Report on horse surra - Volume I
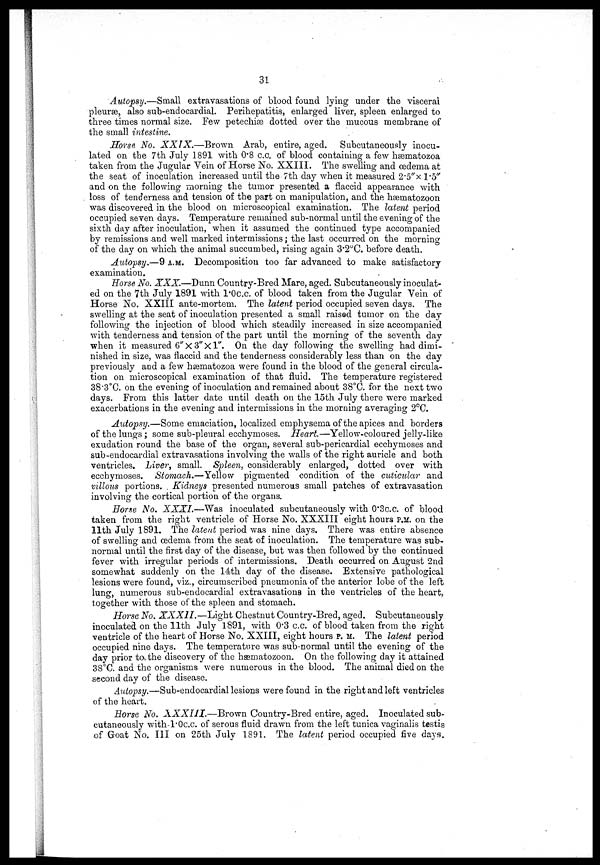
31
Autopsy.—Small
extravasations of blood found lying under the visceral
pleurae, also sub-endocardial. Perihepatitis, enlarged liver, spleen enlarged to
three times normal size. Few petechiæ dotted over the mucous membrane of
the small intestine.
Horse No. XXIX.—Brown
Arab, entire, aged. Subcutaneously inocu-
lated on the 7th July 1891 with 0.8 c.c. of blood containing a few hæmatozoa
taken from the Jugular Vein of Horse No. XXIII. The swelling and oedema at
the seat of inoculation increased until the 7th day when it measured 2.5''x 1.5''
and on the following morning the tumor presented a flaccid appearance with
loss of tenderness and tension of the part on manipulation, and the hæmatozoon
was discovered in the blood on microscopical examination. The latent period
occupied seven days. Temperature remained sub-normal until the evening of the
sixth day after inoculation, when it assumed the continued type accompanied
by remissions and well marked intermissions ; the last occurred on the morning
of the day on which the animal succumbed, rising again 3.2°C. before death.
Autopsy.—9 A.M. Decomposition too far advanced to make satisfactory
examination.
Horse No. XXX.—Dunn Country-Bred Mare, aged. Subcutaneously inoculat-
ed on the 7th July 1891 with l.0c.c. of blood taken from the Jugular Vein of
Horse No. XXIII ante-mortem. The latent period occupied seven days. The
swelling at the seat of inoculation presented a small raised tumor on the day
following the injection of blood which steadily increased in size accompanied
with tenderness and tension of the part until the morning of the seventh day
when it measured 6" X 3" X l". On the day following the swelling had dimi-
nished in size, was flaccid and the tenderness considerably less than on the day
previously and a few hæmatozoa were found in the blood of the general circula-
tion on microscopical examination of that fluid. The temperature registered
38.3°C. on the evening of inoculation and remained about 38°C. for the next two
days. From this latter date until death on the 15th July there were marked
exacerbations in the evening and intermissions in the morning averaging 2°C.
Autopsy.—Some emaciation, localized emphysema of the apices and borders
of the lungs ; some sub-pleural ecchymoses. Heart—Yellow-coloured
jelly-like
exudation round the base of the organ, several sub-pericardial ecchymoses and
sub-endocardial extravasations involving the walls of the right auricle and both
ventricles. Liver, small. Spleen, considerably enlarged, dotted over with
ecchymoses. Stomach.—Yellow
pigmented condition of the cuticular and
villous portions. . Kidneys presented numerous small patches of extravasation
involving the cortical portion of the organs.
Horse No. XXXI.—Was
inoculated subcutaneously with 0.3c.c. of blood
taken from the right ventricle of Horse No. XXXIII eight hours P.M. on the
11th July 1891. The latent period was nine days. There was entire absence
of swelling and œdema from the seat of inoculation. The temperature was sub-
normal until the first day of the disease, but was then followed by the continued
fever with irregular periods of intermissions. Death occurred on August 2nd
somewhat suddenly on the 14th day of the disease. Extensive pathological
lesions were found, viz., circumscribed pneumonia of the anterior lobe of the left
lung, numerous sub-endocardial extravasations in the ventricles of the heart,
together with those of the spleen and stomach.
Horse No. XXXII.—Light
Chestnut Country-Bred, aged. Subcutaneously
inoculated on the 11th July 1891, with 0.3 c.c. of blood taken from the right
ventricle of the heart of Horse No. XXIII, eight hours P. M. The latent period
occupied nine days. The temperature was sub-normal until the evening of the
day prior to the discovery of the hæmatozoon. On the following day it attained
38°C. and the organisms were numerous in the blood. The animal died on the
second day of the disease.
Autopsy.—Sub-endocardial lesions were found in the right and left ventricles
of the heart.
Horse No. XXXIII.—Brown
Country-Bred entire, aged. Inoculated sub-
cutaneously with 1.0c.c. of serous fluid drawn from the left tunica vaginalis testis
of Goat No. III on 25th July 1891. The latent period occupied five days.